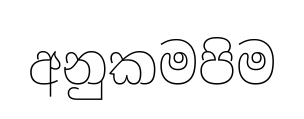
අනුකමපිම